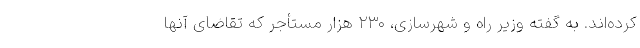
کرده‌اند. به گفته وزیر راه و شهرسازی، ۲۳۰ هزار مستأجر که تقاضای آنها